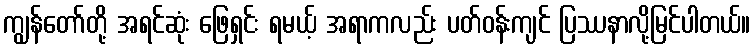
ကျွန်တော်တို့ အရင်ဆုံး ဖြေရှင်း ရမယ့် အရာကလည်း ပတ်ဝန်းကျင် ပြဿနာလို့မြင်ပါတယ်။